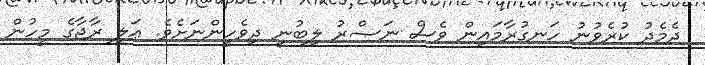
ދެމެދު ކުރެވުނު ހަނގުރާމައިން ވެސް ނަޞްރު ލިބުނީ ދިވެހީންނަށެވެ. ޢަލީ ރާޖާގެ މީހުން